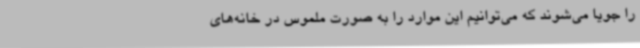
را جویا می‌شوند که می‌توانیم این موارد را به صورت ملموس در خانه‌های